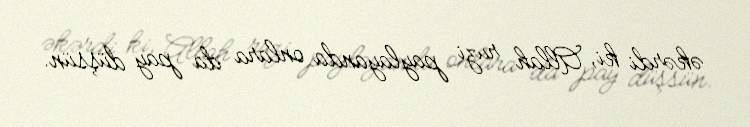
əkərdi ki, Allah ruzi paylayanda onlara da pay düşsün.